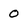
Character: 0